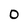
Character: O